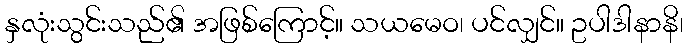
နှလုံးသွင်းသည်၏ အဖြစ်ကြောင့်။ သယမေဝ၊ ပင်လျှင်။ ဥပါဒါနာနိ၊